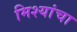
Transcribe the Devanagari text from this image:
मिश्यांचा